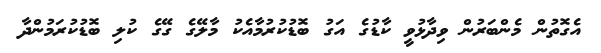
އެގޮތުން މެންބަރުން ވިދާޅުވީ ކާޑުގެ އަގު ބޮޑުކުރުމާއެކު މާލޭގެ ގޭގެ ކުލި ބޮޑުކުރަމުންދާ